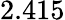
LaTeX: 2.415